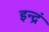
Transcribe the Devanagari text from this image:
इन्द्रं